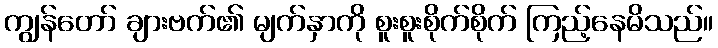
ကျွန်တော် ချားဗက်၏ မျက်နှာကို စူးစူးစိုက်စိုက် ကြည့်နေမိသည်။